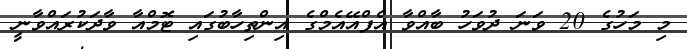
މި މަހުގެ 20 ވަނަ ދުވަހު ބާއްވާ އެފްއޭއެމްގެ އިންތިހާބުގައި ޓޮމްއާ ވާދަކުރައްވާނީ